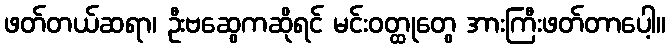
ဖတ်တယ်ဆရာ၊ ဦးဗဆွေကဆိုရင် မင်းဝတ္ထုတွေ အားကြီးဖတ်တာပေါ့။